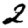
Digit: 2